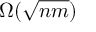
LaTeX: \Omega ( { \sqrt { n m } } )